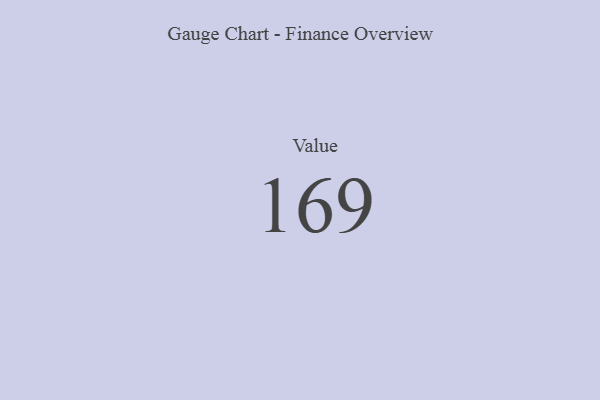
{"axis": {"x": "Metric", "y": "Value"}, "legend": [""], "data": [{"x": "Value", "y": 169, "type": ""}]}